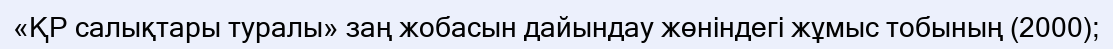
«ҚР салықтары туралы» заң жобасын дайындау жөніндегі жұмыс тобының (2000);